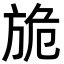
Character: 㫉